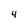
Character: 4